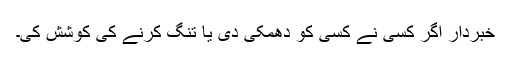
خبردار اگر کسی نے کسی کو دھمکی دی یا تنگ کرنے کی کوشش کی۔